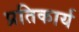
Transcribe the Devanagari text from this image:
प्रतिकार्य